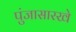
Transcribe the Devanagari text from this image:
पुंजासारखे